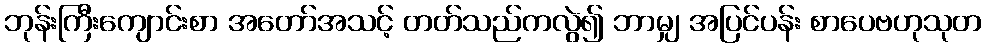
ဘုန်းကြီးကျောင်းစာ အတော်အသင့် တတ်သည်ကလွဲ၍ ဘာမျှ အပြင်ပန်း စာပေဗဟုသုတ